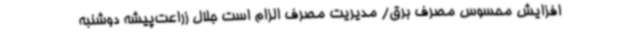
افزایش محسوس مصرف برق/ مدیریت مصرف الزام است جلال زراعت‌پیشه دوشنبه